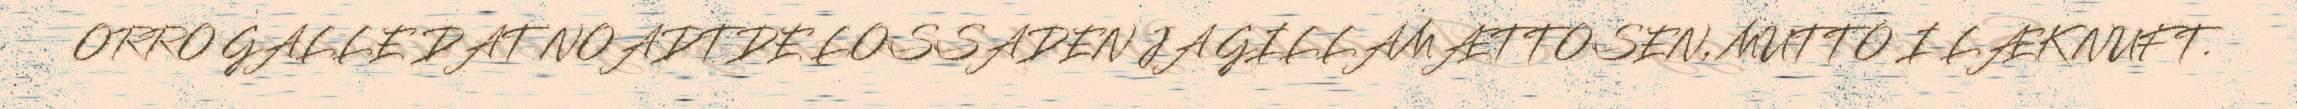
ORRO GALLE DAT NOADTDE LOSSADEN JA GILLAMÆTTOSEN, MUTTO I LÆK NUFT.